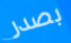
بصدر